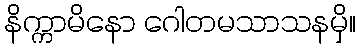
နိက္ကာမိနော ဂေါတမသာသနမှိ။